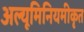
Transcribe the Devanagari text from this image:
अल्यूमिनियमीकृत